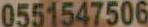
0551547506